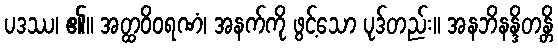
ပဒဿ၊ ၏။ အတ္ထဝိဝရဏံ၊ အနက်ကို ဖွင့်သော ပုဒ်တည်း။ အနဘိနန္ဒိတန္တိ